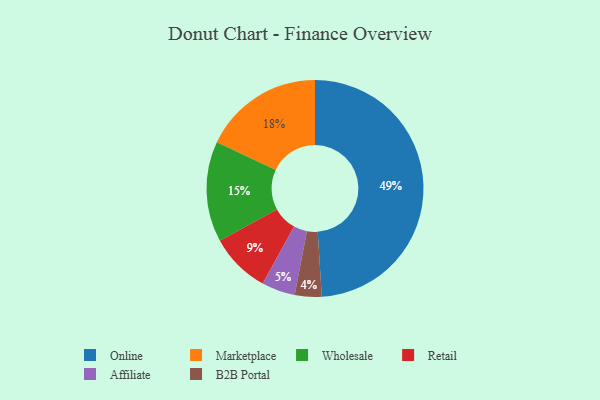
{"axis": {"x": "Category", "y": "Percentage"}, "legend": ["Affiliate", "B2B Portal", "Marketplace", "Online", "Retail", "Wholesale"], "data": [{"x": "Affiliate", "y": 5, "type": "Affiliate"}, {"x": "B2B Portal", "y": 4, "type": "B2B Portal"}, {"x": "Online", "y": 49, "type": "Online"}, {"x": "Wholesale", "y": 15, "type": "Wholesale"}, {"x": "Retail", "y": 9, "type": "Retail"}, {"x": "Marketplace", "y": 18, "type": "Marketplace"}]}